Indian Medical Review
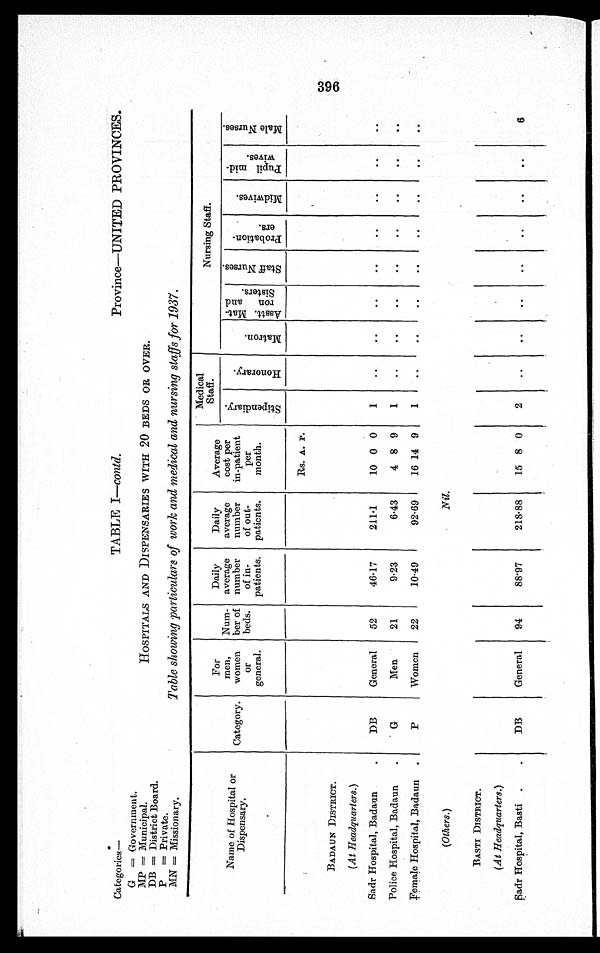
Categories—
G = Government.
MP = Municipal.
DB = District Board.
P = Private.
MN = Missionary.
Province—UNITED PROVINCES.
HOSPITALS AND DISPENSARIES WITH 20 BEDS OR OVER.
Table showing particulars of work and medical and nursing staffs for 1937.
TABLE I—contd.
Name of Hos pi t al or
Dispensary.
Category.
For
men,
women
or
general.
Num-
ber of
beds.
Daily
average
number
of in-
patients.
Daily
average
number
of out-
patients.
Average
cost per
in-patient
per
month.
Medical
Staff.
Nursing Staff
S t i p e n d i a r y .
H o n o r a r y .
M a t r o n .
As s t t . Ma t - r o n a n d S i s t e r s
S t a f f N u r s e s
P r o b a t i o n - e r s .
M i d w i v e s .
P u b l i c m i d - w i v e s .
M a l e N u r s e s .
BADAUN DISTRICT.
Rs. A. P.
(At Headquarters.)
Sadr Hospital, Badaun
DB
General
52
46.17
211.1
10 0 0
1
Police Hospital, Badaun
G
Men
21
9.23
6.43
4 8 9
1
Female Hospital, Badaun.
P
Women
22
10.49
92.69
16 14 9
1
(Others.)
Nil.
BASTI DISTRICT.
(At Headquarters.)
Sadr Hospital, Basti.
DB
General
94
88.97
218.88
15 8 0
2
6
396